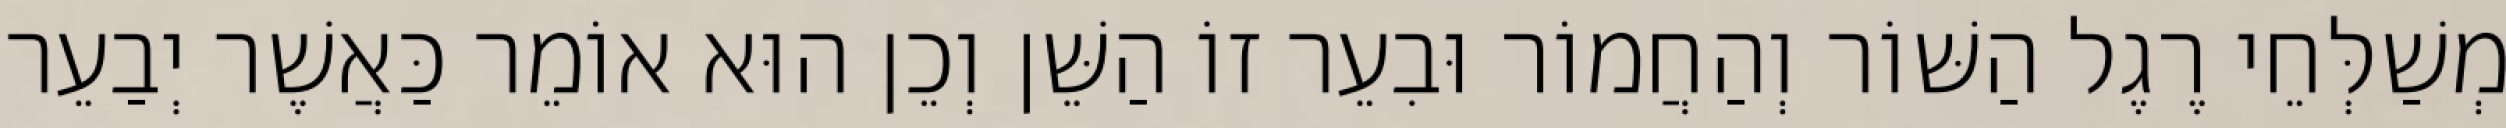
מְשַׁלְּחֵי רֶגֶל הַשּׁוֹר וְהַחֲמוֹר וּבִעֵר זוֹ הַשֵּׁן וְכֵן הוּא אוֹמֵר כַּאֲשֶׁר יְבַעֵר